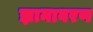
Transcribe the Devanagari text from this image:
ज्ञानावरण